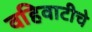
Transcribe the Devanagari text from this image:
वहिवाटीचे